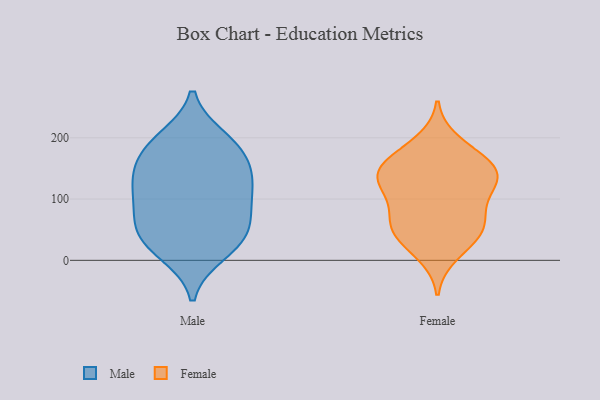
{"axis": {"x": "Backlog", "y": "Value"}, "legend": ["Female", "Male"], "data": [{"x": "", "y": 19, "type": "Male"}, {"x": "", "y": 98, "type": "Male"}, {"x": "", "y": 38, "type": "Male"}, {"x": "", "y": 189, "type": "Male"}, {"x": "", "y": 191, "type": "Male"}, {"x": "", "y": 199, "type": "Male"}, {"x": "", "y": 64, "type": "Male"}, {"x": "", "y": 115, "type": "Male"}, {"x": "", "y": 57, "type": "Male"}, {"x": "", "y": 92, "type": "Male"}, {"x": "", "y": 160, "type": "Male"}, {"x": "", "y": 42, "type": "Male"}, {"x": "", "y": 11, "type": "Male"}, {"x": "", "y": 153, "type": "Male"}, {"x": "", "y": 130, "type": "Male"}, {"x": "", "y": 135, "type": "Male"}, {"x": "", "y": 193, "type": "Female"}, {"x": "", "y": 40, "type": "Female"}, {"x": "", "y": 67, "type": "Female"}, {"x": "", "y": 114, "type": "Female"}, {"x": "", "y": 10, "type": "Female"}, {"x": "", "y": 53, "type": "Female"}, {"x": "", "y": 91, "type": "Female"}, {"x": "", "y": 170, "type": "Female"}, {"x": "", "y": 39, "type": "Female"}, {"x": "", "y": 154, "type": "Female"}, {"x": "", "y": 128, "type": "Female"}, {"x": "", "y": 143, "type": "Female"}, {"x": "", "y": 132, "type": "Female"}, {"x": "", "y": 157, "type": "Female"}, {"x": "", "y": 133, "type": "Female"}, {"x": "", "y": 63, "type": "Female"}]}